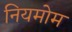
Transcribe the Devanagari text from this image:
नियमोम